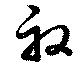
般